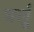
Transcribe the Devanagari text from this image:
घर्लू